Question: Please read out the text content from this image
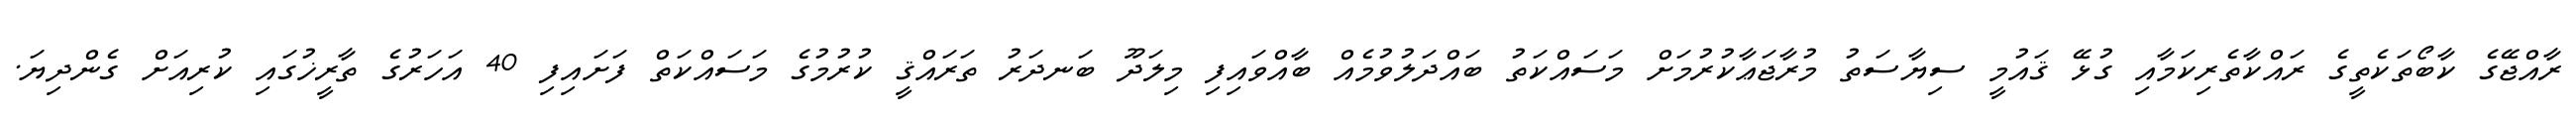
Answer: ރާއްޖޭގެ ކާބޯތަކެތީގެ ރައްކާތެރިކަމާއި ގުޅޭ ޤައުމީ ސިޔާސަތު މުރާޖަޢާކުރުމަށް މަސައްކަތު ބައްދަލުވުމެއް ބާއްވައިފި މިލަދޫ ބަނދަރު ތަރައްޤީ ކުރުމުގެ މަސައްކަތް ފަށައިފި 40 އަހަރުގެ ތާރީޚުގައި ކުރިއަށް ގެންދިޔަ.